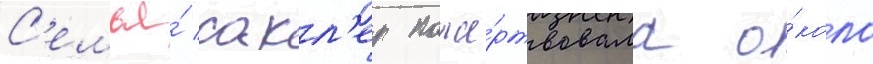
С'емья́ сакл'ер поже́ртвовала о́коло